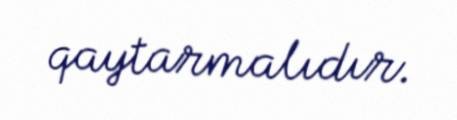
qaytarmalıdır.